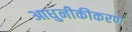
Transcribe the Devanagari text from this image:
आधुनीकीकरण